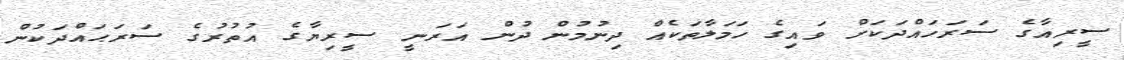
ސީރިއާގެ ސަރަހައްދަކަށް ވައިގެ ހަމަލާތަކެއް ދިނުމުން ދުން އަރަނީ ސީރިޔާގެ އުތުރުގެ ސަރަޙައްދަކުން